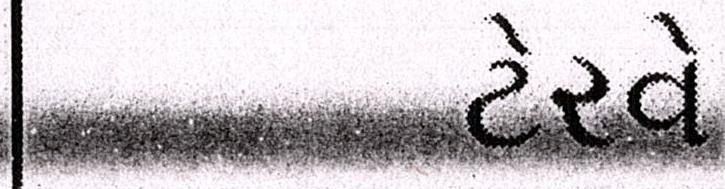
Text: ટેરવે